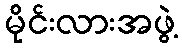
မိုင်းလားအဖွဲ့